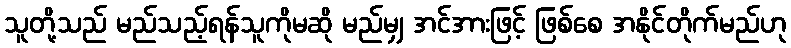
သူတို့သည် မည်သည့်ရန်သူကိုမဆို မည်မျှ အင်အားဖြင့် ဖြစ်စေ အနိုင်တိုက်မည်ဟု